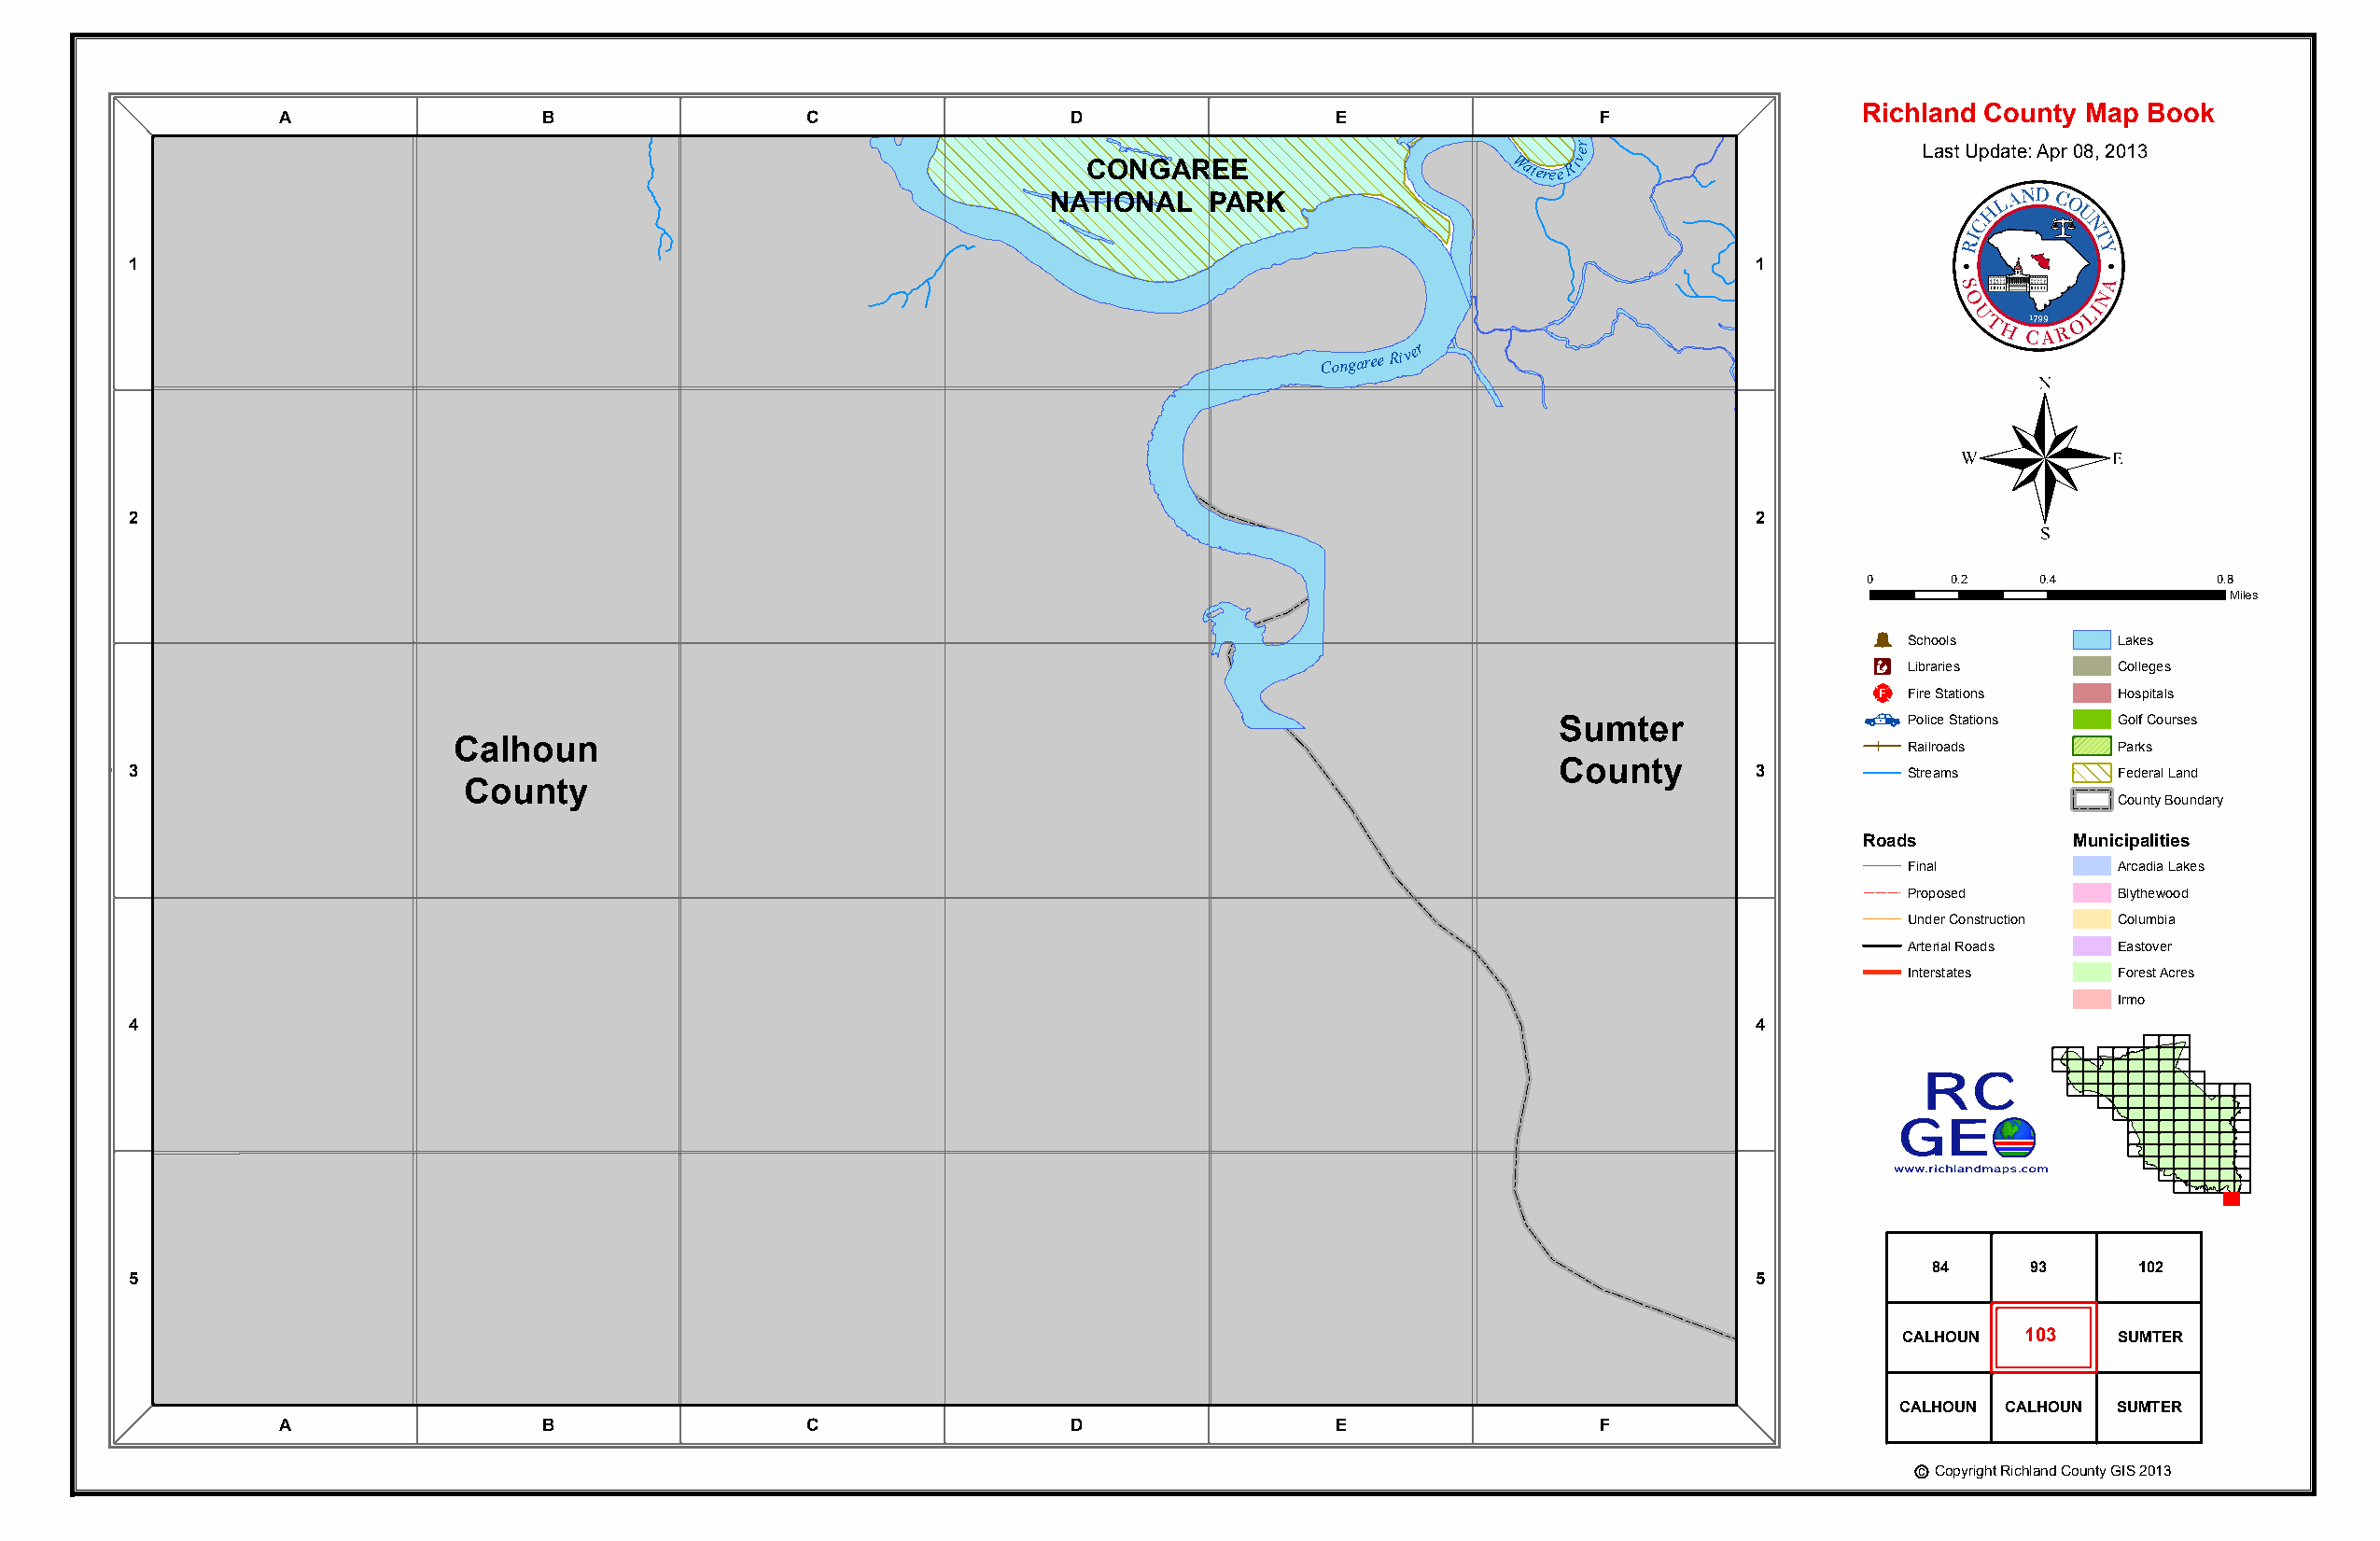
Calhoun
 County
 Richland County Map Book
 A                 B                  C                  D                  E                 F
 re                      Last Update: Apr 08, 2013
 v
 CONGAREE                      Wateree Ri
 NATIONAL    PARK
 1                                                                                                                   1
 Congaree
 River
 ®
 2                                                                                                                   2
 0     0.2    0.4         0.8
 Miles
 Þ
 Schools        Lakes
 Æc
 Libraries      Colleges
 _¨
 Fire Stations  Hospitals
 Sumter                  Police Stations Golf Courses
 Calhoun                                                                                                Railroads      Parks
 3                                                                                                     County        3         Streams        Federal Land
 County
 County Boundary
 Roads          Municipalities
 Final          Arcadia Lakes
 Proposed       Blythewood
 Under Construction Columbia
 Arterial Roads Eastover
 Interstates    Forest Acres
 Irmo
 4                                                                                                                   4
 84     93      102
 5                                                                                                                   5
 CALHOUN  103   SUMTER
 CALHOUN CALHOUN SUMTER
 A                 B                  C                  D                  E                 F
 c Copyright Richland County GIS 2013